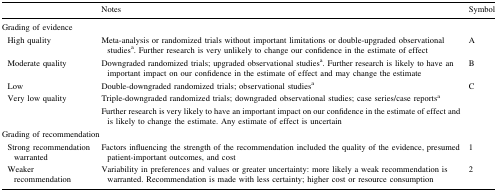
|  | Notes | Symbol |
 | --- | --- | --- |
 | <COLSPAN=3> Grading of evidence |
 | High quality | Meta-analysis or randomized trials without important limitations or double-upgraded observational studiesa. Further research is very unlikely to change our confidence in the estimate of effect | A |
 | Moderate quality | Downgraded randomized trials; upgraded observational studiesa. Further research is likely to have an important impact on our confidence in the estimate of effect and may change the estimate | B |
 | Low | Double-downgraded randomized trials; observational studiesa | C |
 | Very low quality | Triple-downgraded randomized trials; downgraded observational studies; case series/case reportsaFurther research is very likely to have an important impact on our confidence in the estimate of effect and is likely to change the estimate. Any estimate of effect is uncertain |  |
 | <COLSPAN=3> Grading of recommendation |
 | Strong recommendation warranted | Factors influencing the strength of the recommendation included the quality of the evidence, presumed patient-important outcomes, and cost | 1 |
 | Weaker recommendation | Variability in preferences and values or greater uncertainty: more likely a weak recommendation is warranted. Recommendation is made with less certainty; higher cost or resource consumption | 2 |